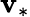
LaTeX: \mathbf{v}_{*}